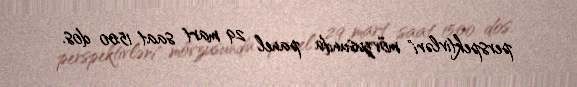
perspektivləri" mövzusunda panel 29 mart saat 15:00 dos.